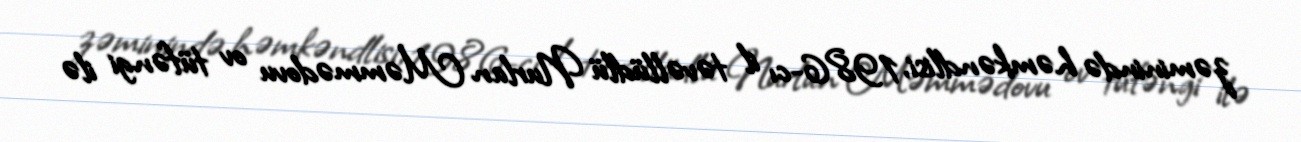
zəminində həmkəndlisi, 1986-cı il təvəllüdlü Nurlan Məmmədovu ov tüfəngi ilə